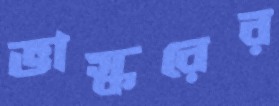
ভাস্করের